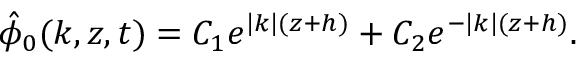
\hat { \phi } _ { 0 } ( k , z , t ) = C _ { 1 } e ^ { | k | ( z + h ) } + C _ { 2 } e ^ { - | k | ( z + h ) } .